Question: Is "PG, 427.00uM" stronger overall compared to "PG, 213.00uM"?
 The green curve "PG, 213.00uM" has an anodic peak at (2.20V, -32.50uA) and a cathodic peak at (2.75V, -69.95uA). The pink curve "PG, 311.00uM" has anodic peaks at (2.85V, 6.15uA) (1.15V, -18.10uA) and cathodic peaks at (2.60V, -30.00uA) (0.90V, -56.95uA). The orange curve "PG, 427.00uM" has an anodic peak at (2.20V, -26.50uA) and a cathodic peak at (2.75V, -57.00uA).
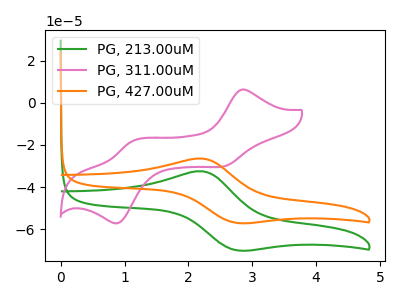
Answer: <think>All the peaks in "PG, 427.00uM" have a peak in "PG, 213.00uM" at the same potential.
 </think>
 <answer>I cant tell if "PG, 427.00uM" or "PG, 213.00uM" has more signal.</answer>
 <eval>mixed_signal</eval>